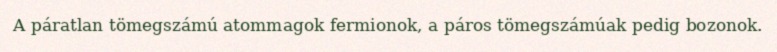
A páratlan tömegszámú atommagok fermionok, a páros tömegszámúak pedig bozonok.